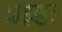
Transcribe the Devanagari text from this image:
बाडः